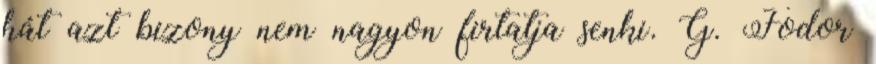
hát azt bizony nem nagyon firtatja senki. G. Fodor